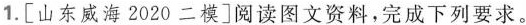
1. [山东威海 2020 二模]阅读图文资料，完成下列要求。